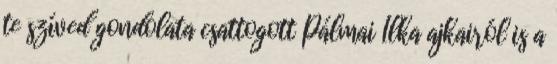
te szíved gondolata csattogott Pálmai Ilka ajkairól is a